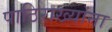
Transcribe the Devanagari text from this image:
पाठिराख्यांना